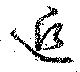
逅